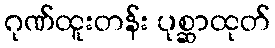
ဂုဏ်ထူးတန်း ပုစ္ဆာထုတ်